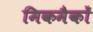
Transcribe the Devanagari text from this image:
मिकमैकों